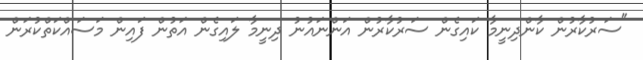
"ސަރުކާރުން ކާންދިނީމާ ކައިގެން ސަރުކާރުން އަންނައުނު ދިނީމާ ލައިގެން އަތުން ފައިން މަސައްކަތްކުރަން